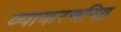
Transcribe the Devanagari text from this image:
व्याकरणनिष्ठ